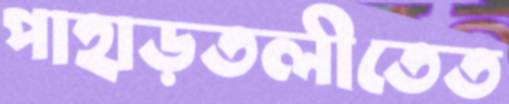
পাহাড়তলীতেত